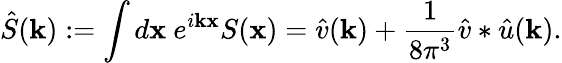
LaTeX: \hat{S}(\mathbf k):=\int d\mathbf x\ e^{i\mathbf k\mathbf x}S(\mathbf x)=\hat{v}(\mathbf k)+\frac 1{8\pi^{3}}\hat{v}\ast\hat{u}(\mathbf k).